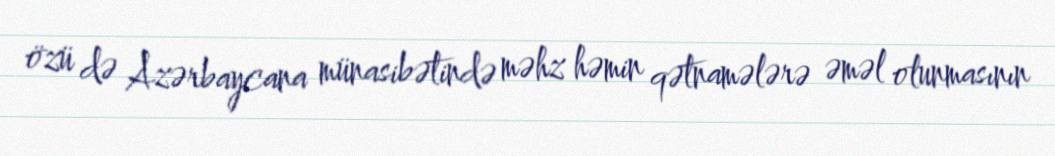
özü də Azərbaycana münasibətində məhz həmin qətnamələrə əməl olunmasının